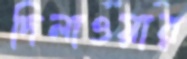
দিলাওয়ার